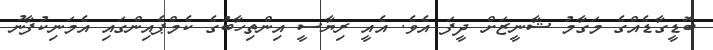
ބޮޑީގާޑެއްގެ މަގާމު ޝާނީޒަށް ދީފަ އެވެ. އެއީ ރިޔާސީ އިންތިހާބުގެ ކެމްޕެއިންގައި އެމަނިކުފާނު